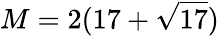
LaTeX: M=2(17+{\sqrt{17}})